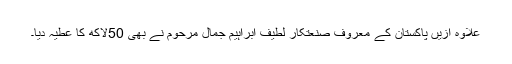
علاوہ ازیں پاکستان کے معروف صنعتکار لطیف ابراہیم جمال مرحوم نے بھی 50لاکھ کا عطیہ دیا۔